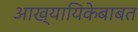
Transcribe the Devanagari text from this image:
आख्यायिकेबाबत